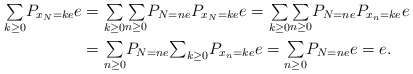
\begin{align*}{\textstyle\sum\limits_{k\geq0}}P_{x_{N}=ke}e & ={\textstyle\sum\limits_{k\geq0}}{\textstyle\sum\limits_{n\geq0}}P_{N=ne}P_{x_{N}=ke}e={\textstyle\sum\limits_{k\geq0}}{\textstyle\sum\limits_{n\geq0}}P_{N=ne}P_{x_{n}=ke}e\\& ={\textstyle\sum\limits_{n\geq0}}P_{N=ne}{\textstyle\sum_{k\geq0}}P_{x_{n}=ke}e={\textstyle\sum\limits_{n\geq0}}P_{N=ne}e=e.\end{align*}